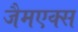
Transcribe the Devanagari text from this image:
जैमएक्स